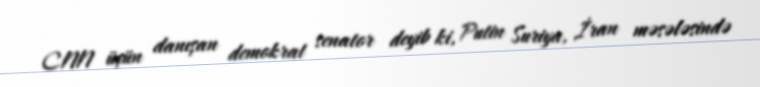
CNN üçün danışan demokrat senator deyib ki, Putin Suriya, İran məsələsində